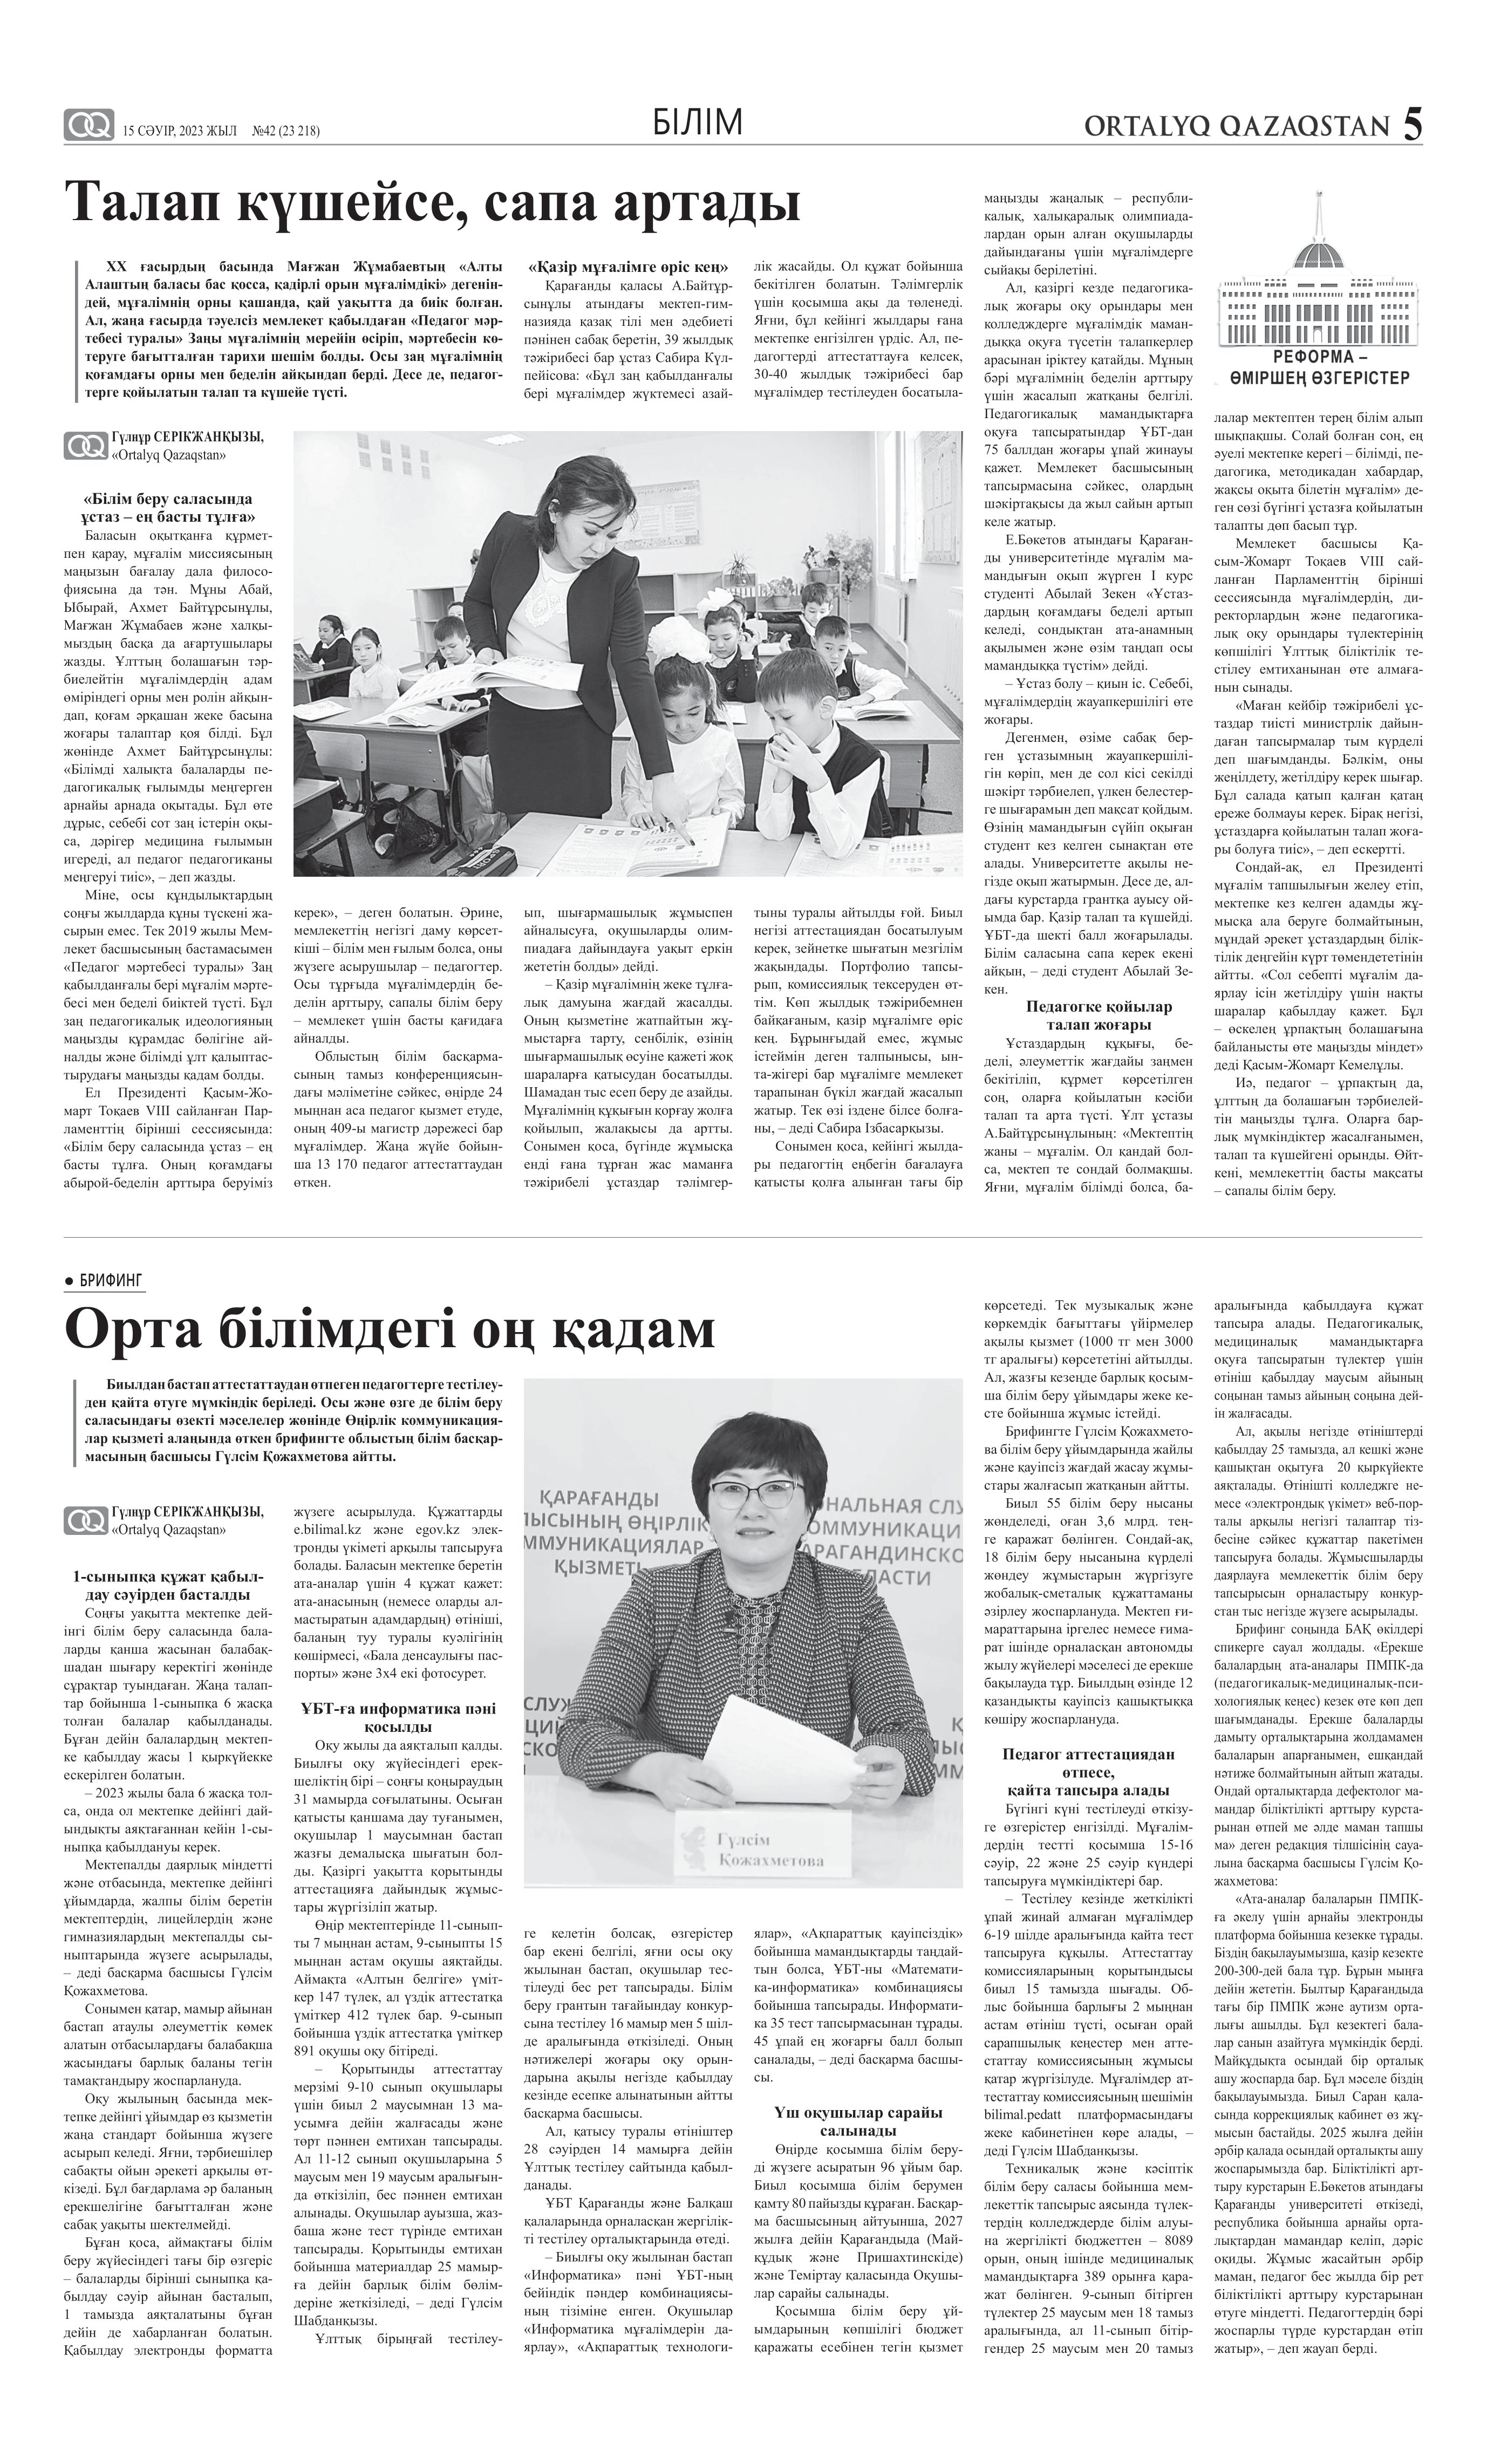
Language: kk